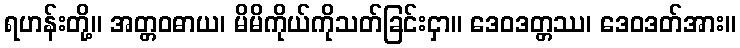
ရဟန်းတို့။ အတ္တဝဓာယ၊ မိမိကိုယ်ကိုသတ်ခြင်းငှာ။ ဒေဝဒတ္တဿ၊ ဒေဝဒတ်အား။